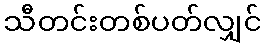
သီတင်းတစ်ပတ်လျှင်